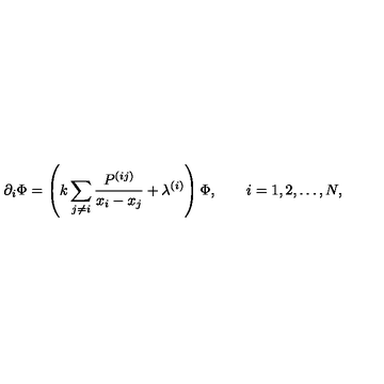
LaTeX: \partial _ { i } \Phi = \left( k \sum _ { j \ne i } \frac { P ^ { ( i j ) } } { x _ { i } - x _ { j } } + \lambda ^ { ( i ) } \right) \Phi , \qquad i = 1 , 2 , \ldots , N ,